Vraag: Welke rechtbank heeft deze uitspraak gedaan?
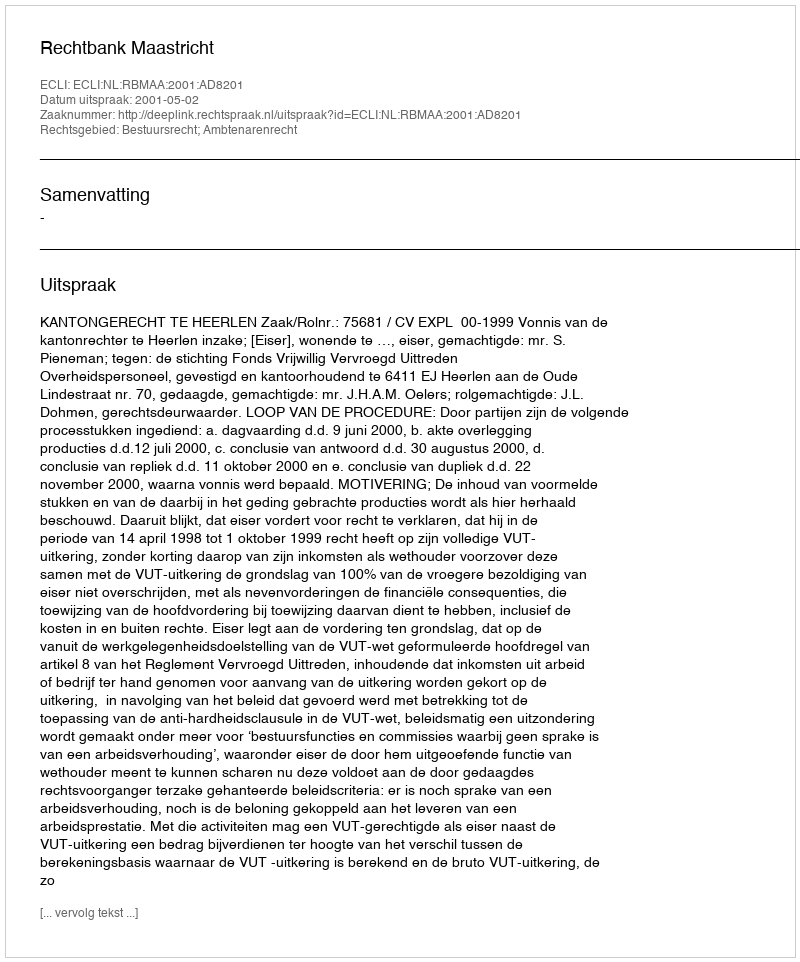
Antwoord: Rechtbank Maastricht